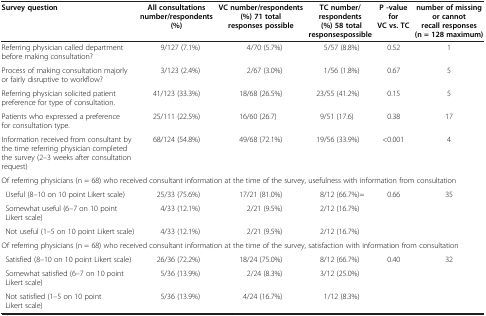
| Survey question | All consultations number/respondents (%) | VC number/respondents (%) 71 total responses possible | TC number/respondents (%) 58 total responsespossible | P -value for VC vs. TC | number of missing or cannot recall responses (n = 128 maximum) |
 | --- | --- | --- | --- | --- | --- |
 | Referring physician called department before making consultation? | 9/127 (7.1%) | 4/70 (5.7%) | 5/57 (8.8%) | 0.52 | 1 |
 | Process of making consultation majorly or fairly disruptive to workflow? | 3/123 (2.4%) | 2/67 (3.0%) | 1/56 (1.8%) | 0.67 | 5 |
 | Referring physician solicited patient preference for type of consultation. | 41/123 (33.3%) | 18/68 (26.5%) | 23/55 (41.2%) | 0.15 | 5 |
 | Patients who expressed a preference for consultation type. | 25/111 (22.5%) | 16/60 (26.7) | 9/51 (17.6) | 0.38 | 17 |
 | Information received from consultant by the time referring physician completed the survey (2–3 weeks after consultation request) | 68/124 (54.8%) | 49/68 (72.1%) | 19/56 (33.9%) | <0.001 | 4 |
 | <COLSPAN=6> Of referring physicians (n = 68) who received consultant information at the time of the survey, usefulness with information from consultation |
 | Useful (8–10 on 10 point Likert scale) | 25/33 (75.6%) | 17/21 (81.0%) | 8/12 (66.7%)= | 0.66 | 35 |
 | Somewhat useful (6–7 on 10 pointLikert scale) | 4/33 (12.1%) | 2/21 (9.5%) | 2/12 (16.7%) |  |  |
 | Not useful (1–5 on 10 point Likert scale) | 4/33 (12.1%) | 2/21 (9.5%) | 2/12 (16.7%) |  |  |
 | <COLSPAN=6> Of referring physicians (n = 68) who received consultant information at the time of the survey, satisfaction with information from consultation |
 | Satisfied (8–10 on 10 point Likert scale) | 26/36 (72.2%) | 18/24 (75.0%) | 8/12 (66.7%) | 0.40 | 32 |
 | Somewhat satisfied (6–7 on 10 pointLikert scale) | 5/36 (13.9%) | 2/24 (8.3%) | 3/12 (25.0%) |  |  |
 | Not satisfied (1–5 on 10 pointLikert scale) | 5/36 (13.9%) | 4/24 (16.7%) | 1/12 (8.3%) |  |  |